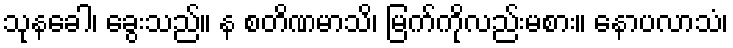
သုနခေါ၊ ခွေးသည်။ န စတိဏမာသိ၊ မြက်ကိုလည်းမစား။ နောပလာသံ၊